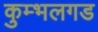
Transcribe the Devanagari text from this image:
कुम्भलगड